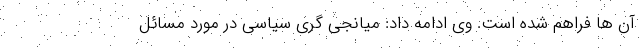
آن ها فراهم شده است. وی ادامه داد: میانجی گری سیاسی در مورد مسائل